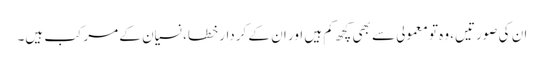
ان کی صورتیں، وہ تو معمولی سے بھی کچھ کم ہیں اور ان کے کردار خطا، نسیان کے مرکب ہیں۔